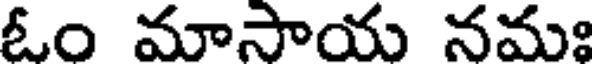
ఓం మాసాయ నమః